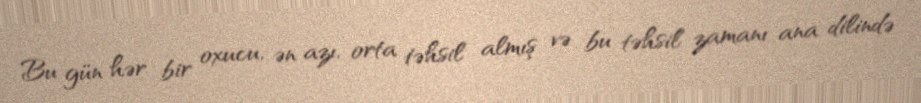
Bu gün hər bir oxucu, ən azı, orta təhsil almış və bu təhsil zamanı ana dilində